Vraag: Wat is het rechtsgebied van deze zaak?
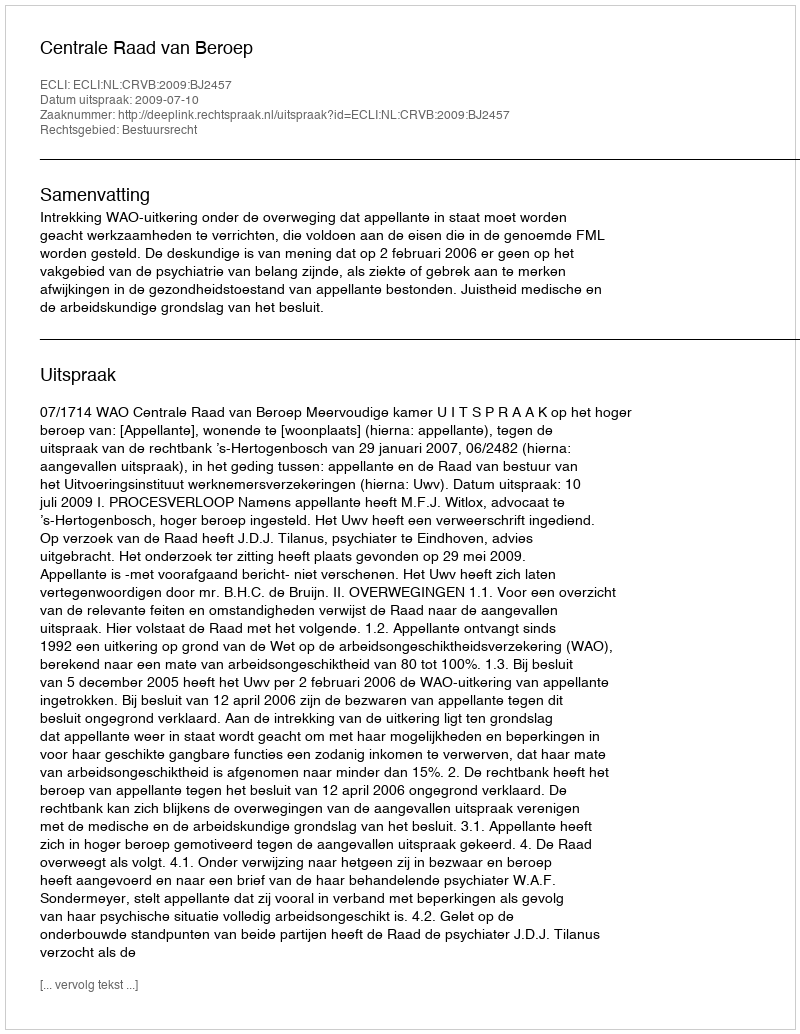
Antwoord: Bestuursrecht